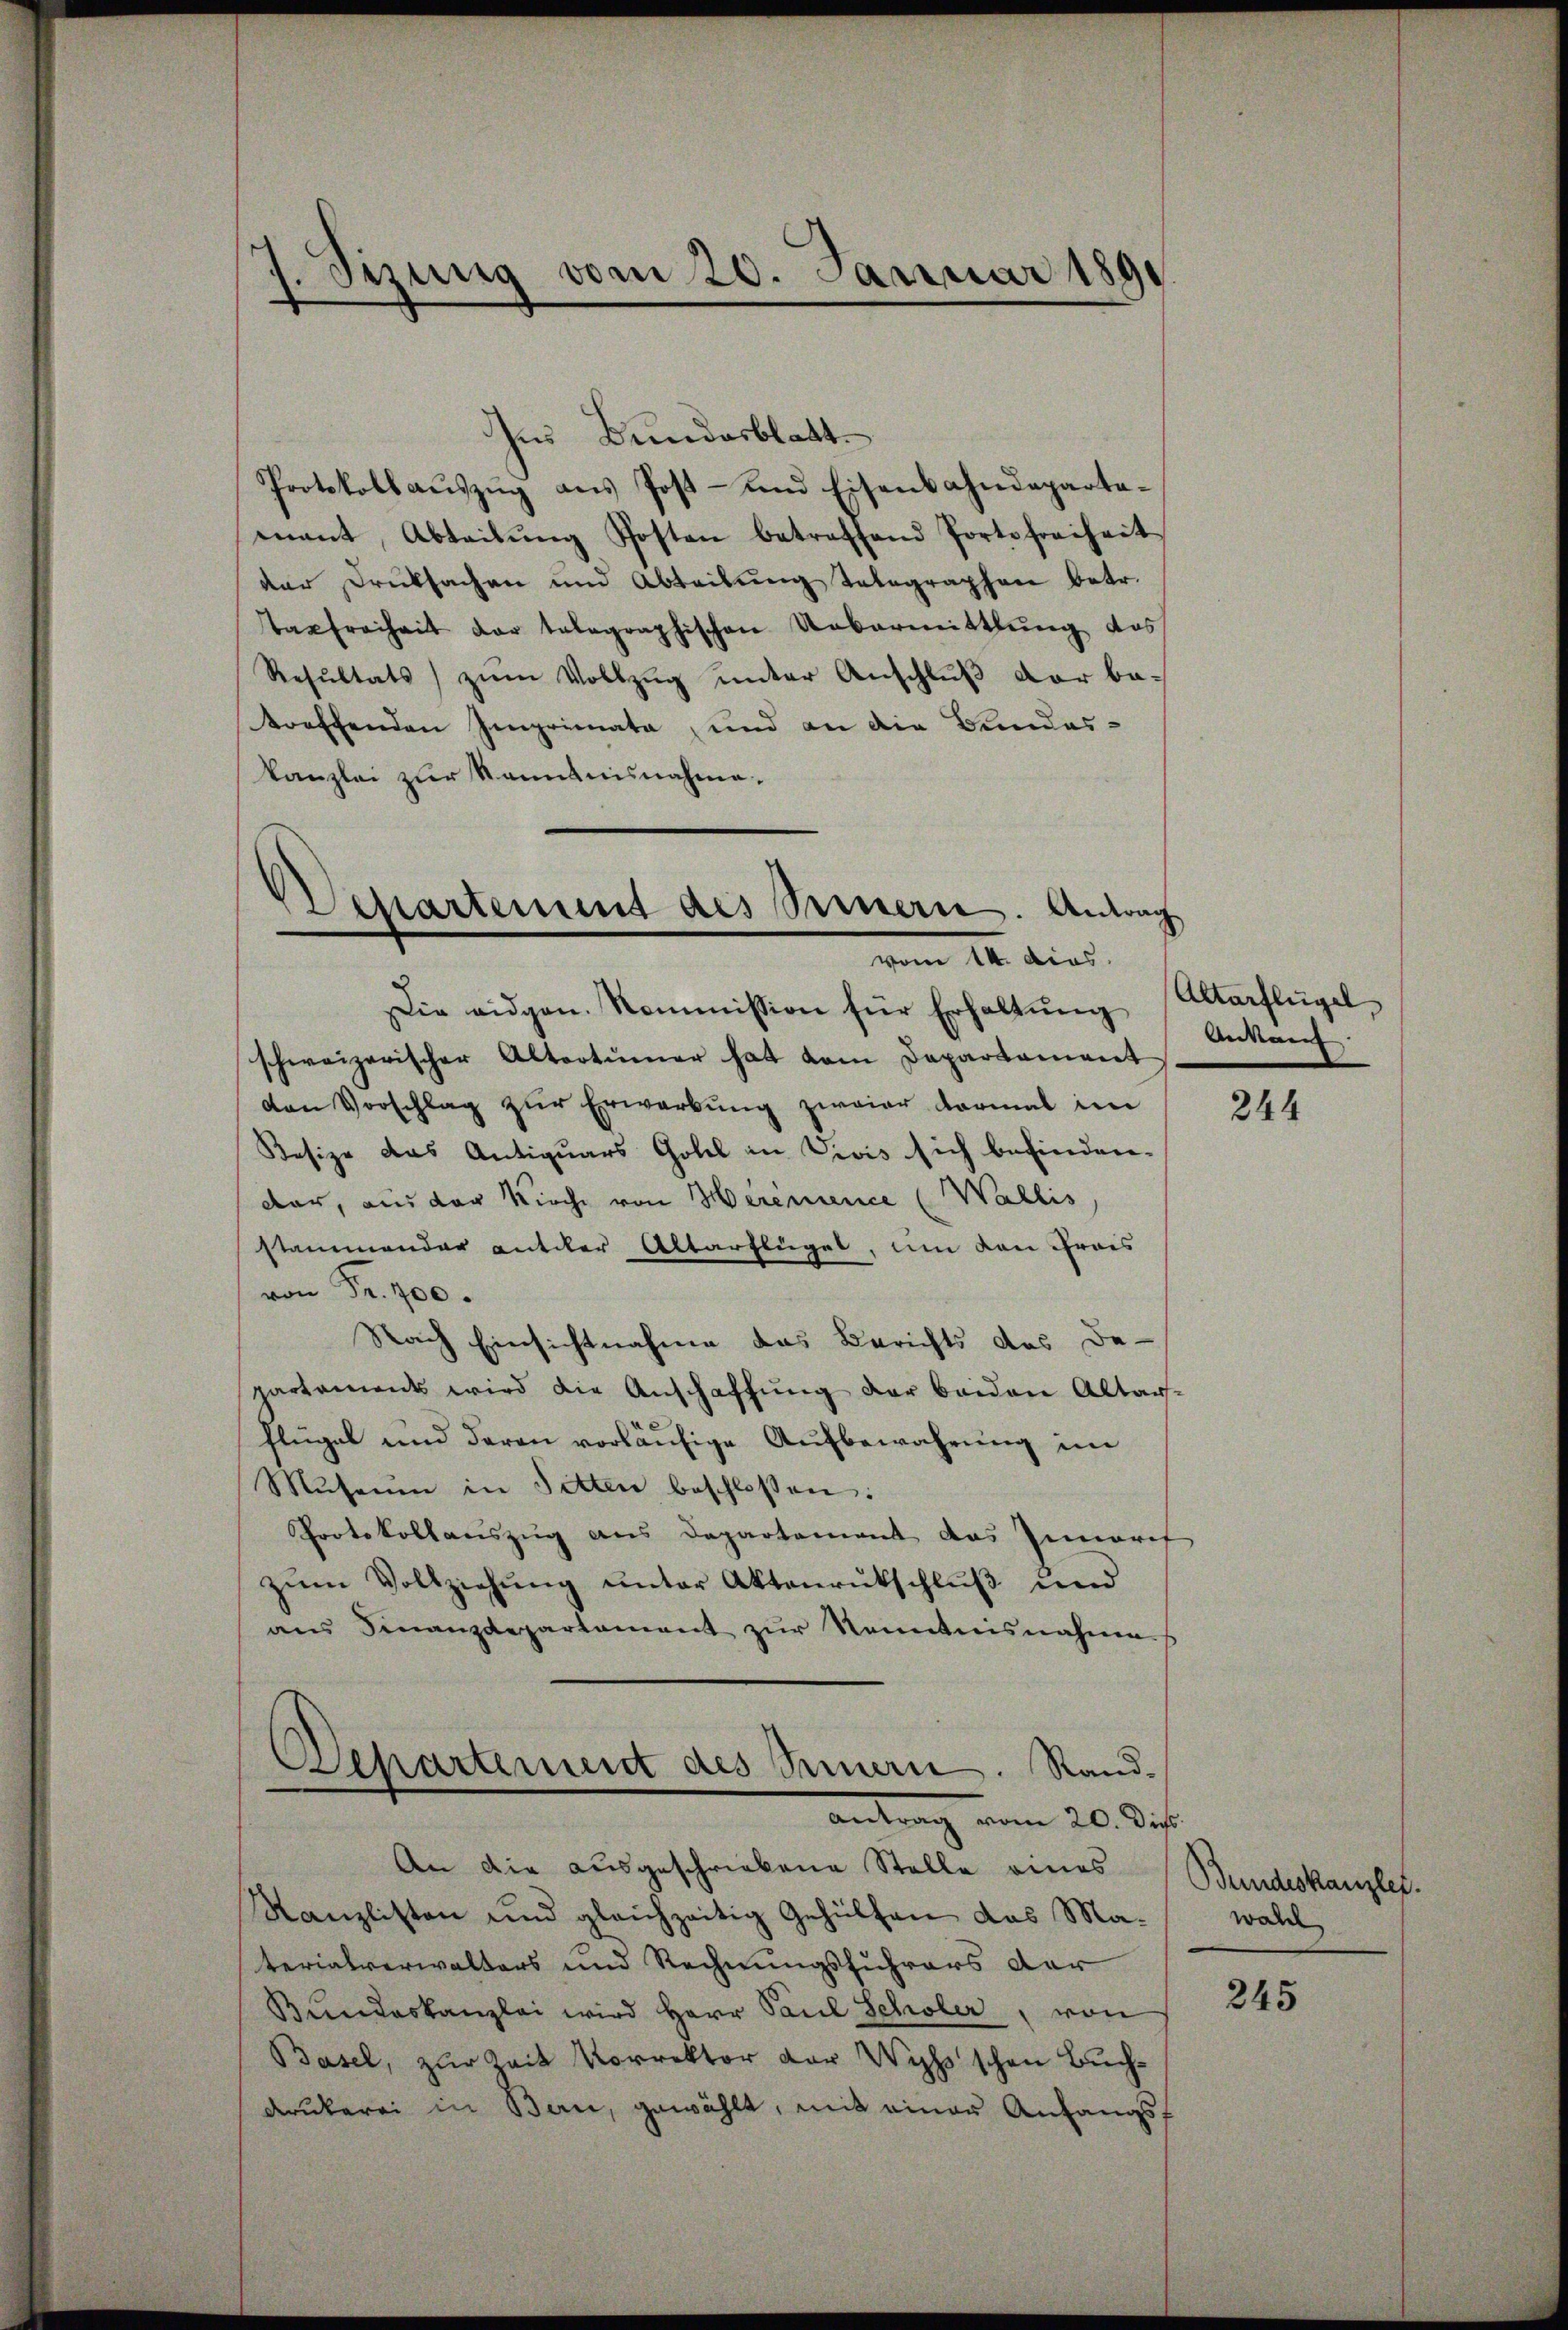
Sizung vom 20. Januar 1891

Departement des Seinern. Antrag
vom 14. dies

Ins Bundesblatt.
Protokollauszug aus Post- und Eisenbahndepartamant, Abteilŭng Posten betreffend Porte freiheit
dar Drucksachen und Abteilŭng Telegraphen betr.
tagfreiheit der telegraphischen Uebermittlung des
Resŭltats zŭm Vollzŭg ŭnter Anschlŭβ der be-
treffenden Imprimata, und an die Bundes-
kanzlei zur Kenntnisnahme.
Die eidgen. Kommission für Erhaltung
schweizerischer Altertümer hat dem Departement
den Vorschlag zŭr Erwerbung zweier dormal im
Kesize das Antiquars Gobel in Divis sich befinden.
dar, aus der Kirche von Herenience (Wallis
stammender anteler Altarflügel, um den Frais
von Fr. 400.
Nach Einsichtnahme das Berichts des Be-
partament wird die Anschaffŭng der beiden Altars.
flügel und deren vorläufige Aufbewahrung im
Museum in Sitten beschlossen:
Protokollauszug aus Departement das Inneref
zŭm Vollziehŭng ŭnter Aktenrütschlŭβ im
ans Finanzdepartement zŭr Kenntnisnahmens
Departement des Sinern. Sandantrag vom 20. Dez.
An die ausgeschriebene Stelle eines
Kanzlisten und gleichzeitig Gehülfen das Materialverwalters und Rechnungsführers der
Bundeskanzlei wird Herr Paul Scholer, von
Basel, zur Zeit Vorrektor der Wyss schon Buchdrukerei in Bau, gewählt, mit einer Anfangsf

Altorflügel
Ankauf

244

Bundeskanzlei.
wahl

245